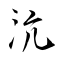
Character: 沆